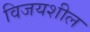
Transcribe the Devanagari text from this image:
विजयशील